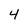
Character: 4